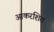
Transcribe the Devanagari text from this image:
आकरशित